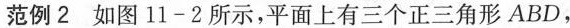
范例2如图11-2所示，平面上有三个正三角形ABD，